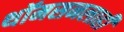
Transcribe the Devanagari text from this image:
थॉमसनलाही